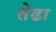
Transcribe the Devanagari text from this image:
तेढा